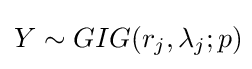
Y\sim GIG(r_{j},\lambda _{j};p)\!